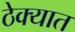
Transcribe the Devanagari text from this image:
ठेक्यात